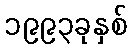
၁၉၉၃ခုနှစ်